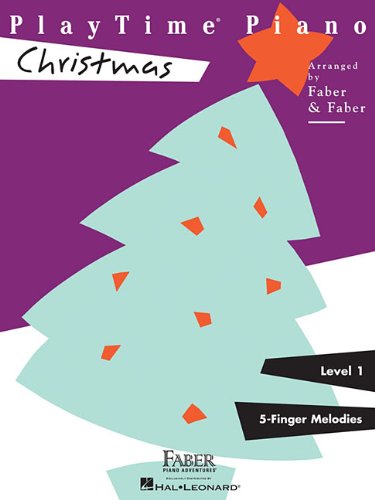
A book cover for PlayTimeÂ« Piano Christmas; Nancy Faber; Humor & Entertainment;